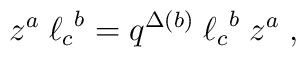
z^a \;{\ell_c}^{b} = q^{\Delta(b)} \; {\ell_c}^{b} \;z^a \;,